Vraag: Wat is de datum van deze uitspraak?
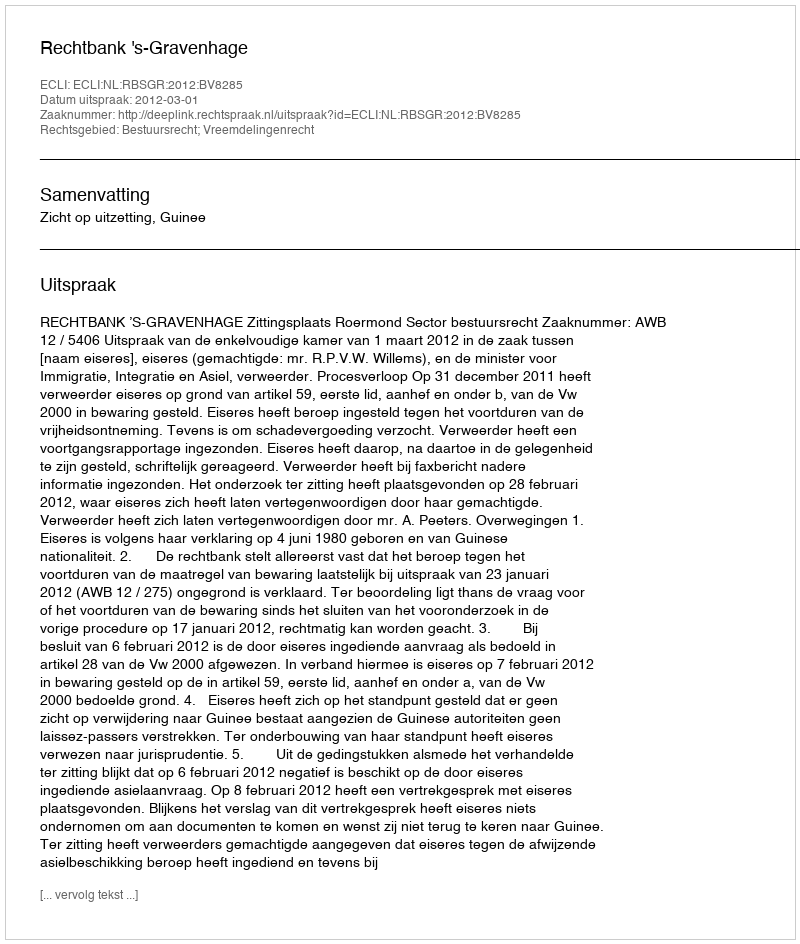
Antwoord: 2012-03-01